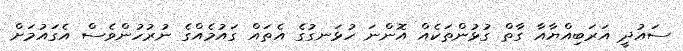
ސައުދީ އަރަބިއްޔާއާ ގާތް ގުޅުންތަކެއް އޮންނަ ހުޅަނގުގެ އެތައް ގައުމެއްގެ ނުރުހުންވެސް އެގައުމަށް